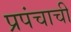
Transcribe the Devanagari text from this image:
प्रपंचाची